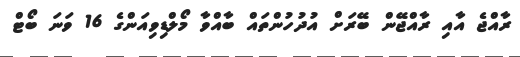
ރާއްޖެ އާއި ރާއްޖޭން ބޭރަށް އުދުހުންތައް ބާއްވާ މޯލްޑިވިއަންގެ 16 ވަނަ ބޯޓް